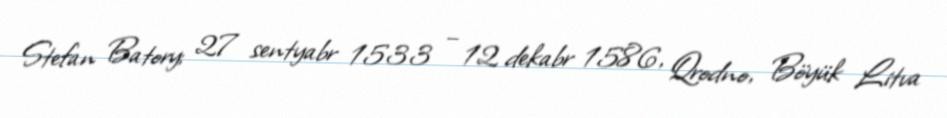
Stefan Batory; 27 sentyabr 1533 – 12 dekabr 1586, Qrodno, Böyük Litva